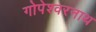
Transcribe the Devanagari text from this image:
गोपेश्वरनाथ